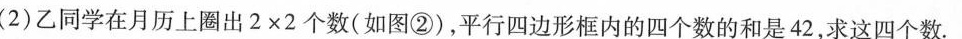
(2)乙同学在月历上圈出2×2个数(如图②)，平行四边形框内的四个数的和是42，求这四个数.